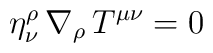
\eta _\nu ^\rho \,\nabla _\rho \,T^{\mu \nu }=0